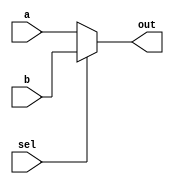
module Mux_2_1 (
    a,
    b,
    sel,
    out
);
    parameter LEN = 32;

    input sel;
    input [LEN-1:0] a, b;
    output [LEN-1:0] out;

    assign out = (~sel) ? a : b; 

endmodule